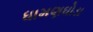
ધામણઘોડા